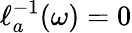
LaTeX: \ell_{a}^{-1}(\omega)=0